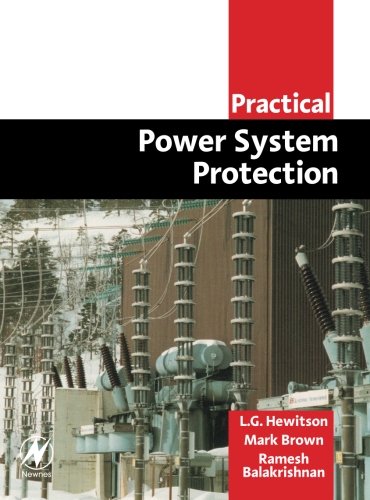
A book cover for Practical Power System Protection (Practical Professional Books); Leslie Hewitson; Business & Money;